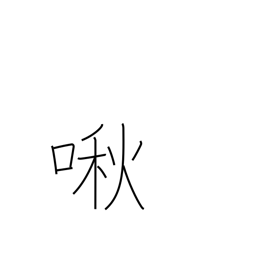
Meaning: whimper